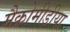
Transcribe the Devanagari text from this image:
मैक्रोमीडीया